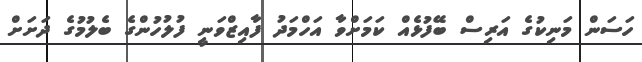
ހަސަން މަނިކުގެ އަރިސް ބޭފުޅެއް ކަމަށްވާ އަހްމަދު ފާއިޒްވަނީ ފުލުހުންގެ ބެލުމުގެ ދަށަށް